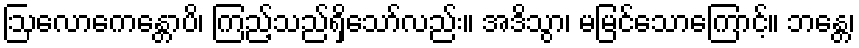
ဩလောကေန္တောပိ၊ ကြည့်သည်ရှိသော်လည်း။ အဒိသွာ၊ မမြင်သောကြောင့်။ ဘန္တေ၊